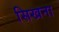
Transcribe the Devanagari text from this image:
सिखना